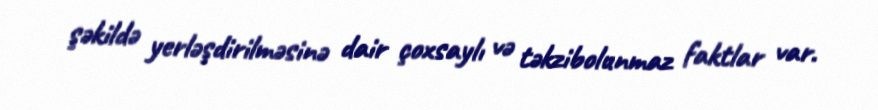
şəkildə yerləşdirilməsinə dair çoxsaylı və təkzibolunmaz faktlar var.